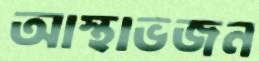
আস্থাভজন